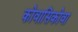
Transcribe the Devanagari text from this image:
कोवासिकोवा